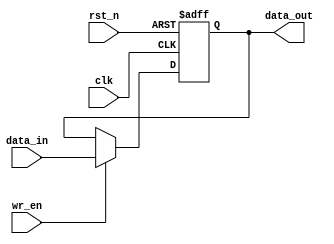
module VGA_REG_RW
   #(
    parameter DATA_WIDTH          = 32,
    parameter DFLT_VALUE          = {DATA_WIDTH{1'b0}}
    )
    (
    input                              clk,
    input                              rst_n,

    input                              wr_en,
    input             [DATA_WIDTH-1:0] data_in,
    output reg        [DATA_WIDTH-1:0] data_out
    );

// -----------------------------------------------------------------------------
// Constant Parameter
// -----------------------------------------------------------------------------

// -----------------------------------------------------------------------------
// Internal Signals Declarations
// -----------------------------------------------------------------------------

// -----------------------------------------------------------------------------
// Main Code
// -----------------------------------------------------------------------------

always @(posedge clk or negedge rst_n)
begin
  if (rst_n == 1'b0)
    data_out            <= DFLT_VALUE;
  else if (wr_en == 1'b1)
    data_out            <= data_in;
end

endmodule